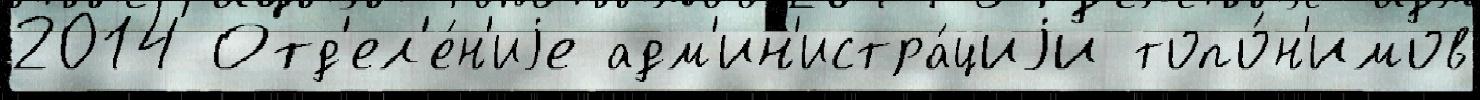
2014 Отд'ел'е́н'иjе адм'ин'истра́циjи топо́н'имов